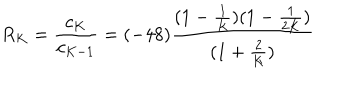
R _ { K } = \frac { c _ { K } } { c _ { K - 1 } } = ( - 4 8 ) \frac { ( 1 - \frac { 1 } { K } ) ( 1 - \frac { 1 } { 2 K } ) } { ( 1 + \frac { 2 } { K } ) }